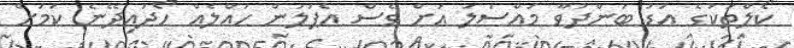
ކޯލްތަކުގެ އަޑު ބަންދުވާ މައްސަލަ އަށް ވެސް އެޕަލުން ހައްލެއް ހޯދައިދޭނެ ކަމަށް